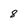
Character: 8